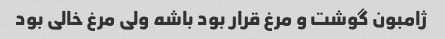
ژامبون گوشت و مرغ قرار بود باشه ولی مرغ خالی بود